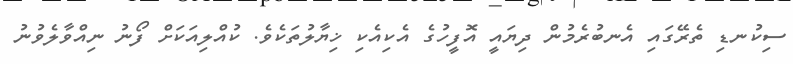
ސިކުނޑި ތެރޭގައި އެނބުރެމުން ދިޔައީ އޮފީހުގެ އެކިއެކި ޚިޔާލުތަކެވެ. ކުއްލިއަކަށް ފޯނު ނިއްވާލެވުނު